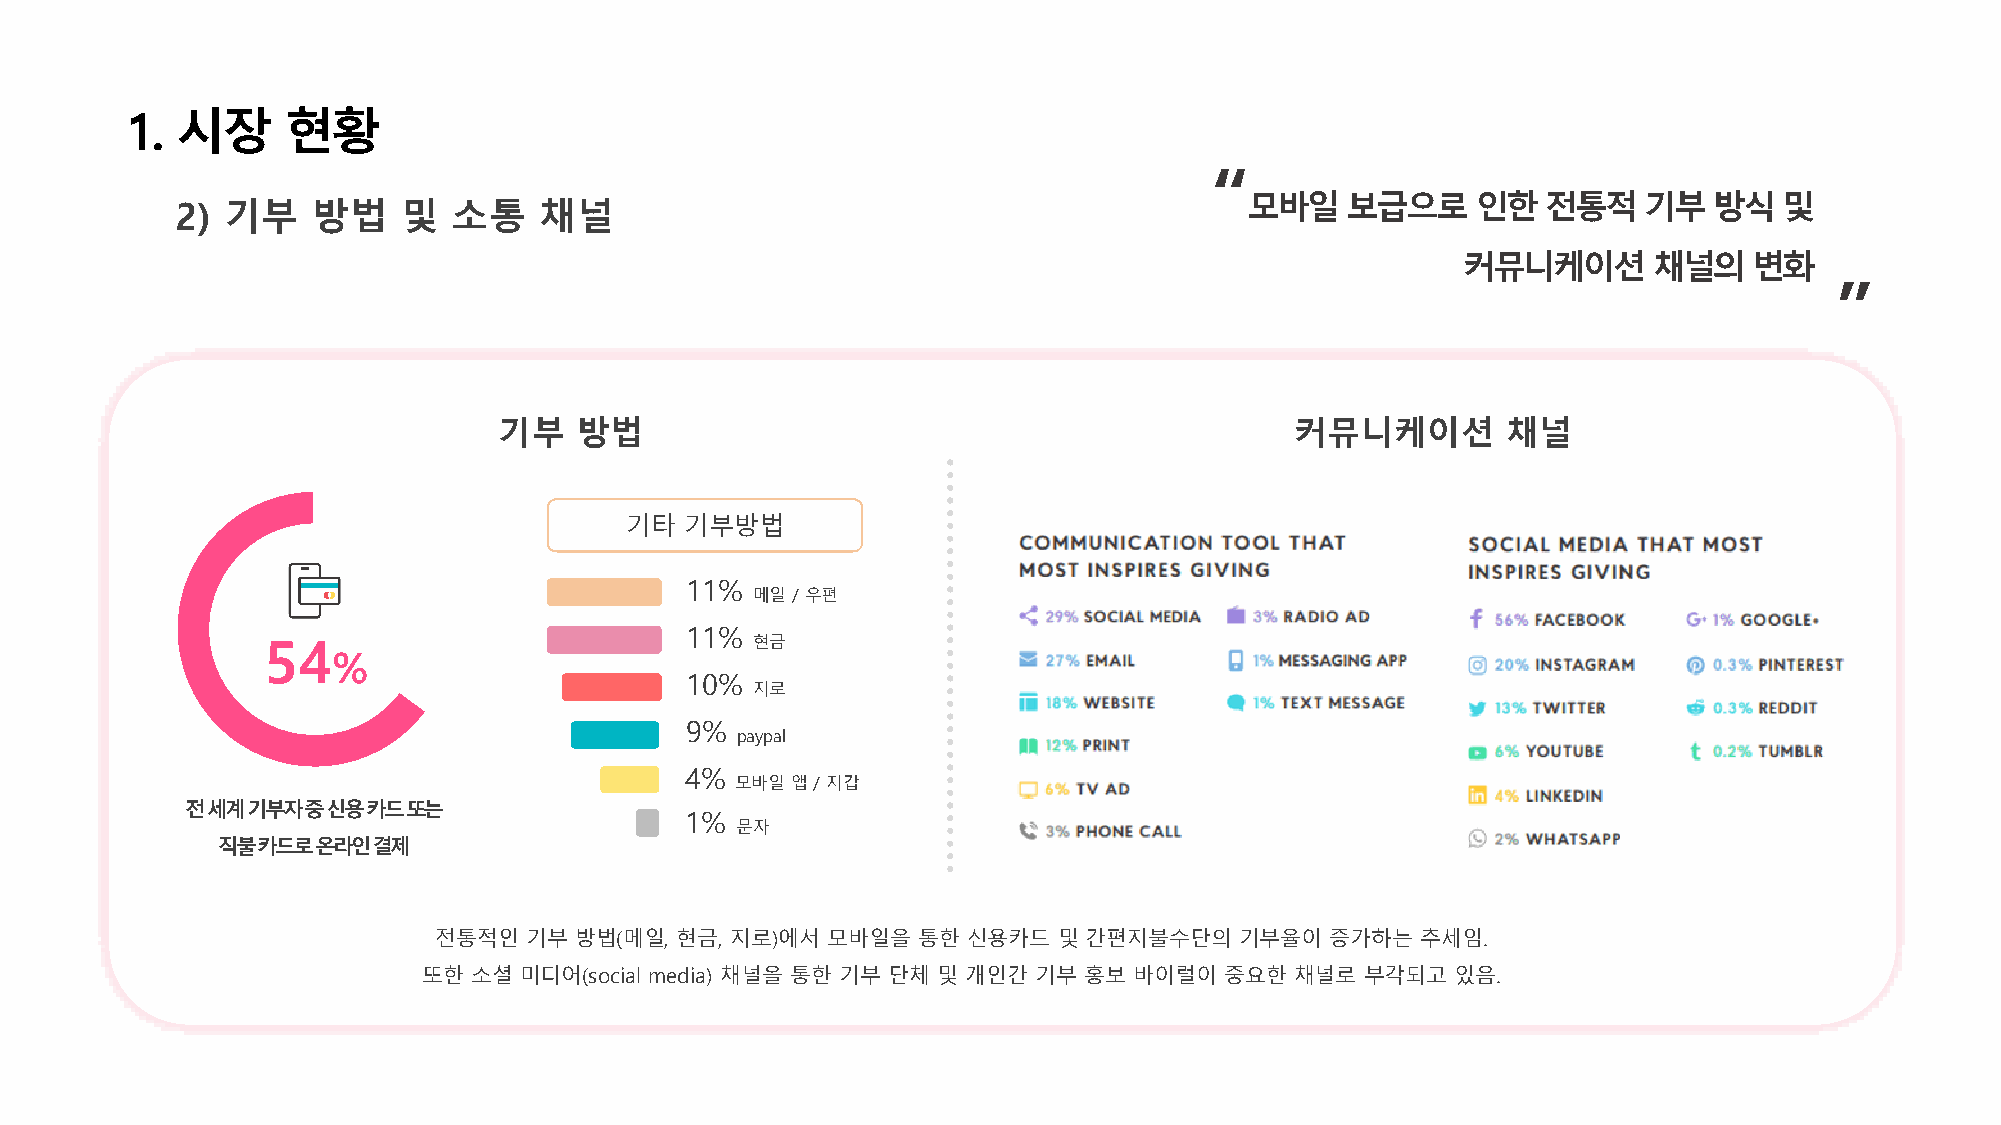
1.  시장     현황
 “
 모바일보급으로인한전통적기부방식및
 2) 기부    방법    및  소통    채널
 커뮤니케이션      채널의변화
 ”
 기부   방법                                              커뮤니케이션        채널
 기타  기부방법
 11%
 메일/ 우편
 11%
 54                               현금
 %
 10%
 지로
 9%
 paypal
 4%
 모바일앱/지갑
 전세계기부자중신용카드또는
 1%
 문자
 직불카드로온라인결제
 전통적인  기부 방법(메일, 현금, 지로)에서 모바일을  통한 신용카드  및 간편지불수단의   기부율이  증가하는  추세임.
 또한 소셜 미디어(social media) 채널을 통한 기부 단체 및 개인간 기부 홍보 바이럴이 중요한 채널로 부각되고  있음.